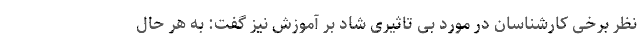
نظر برخی کارشناسان در مورد بی تاثیری شاد بر آموزش نیز گفت: به هر حال